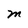
Character: m